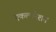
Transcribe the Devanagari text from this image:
एकल्चरेशन